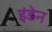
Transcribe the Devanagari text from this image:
इंडेन